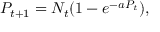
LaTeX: P _ { t + 1 } = N _ { t } ( 1 - e ^ { - a P _ { t } } ) ,